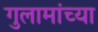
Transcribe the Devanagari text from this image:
गुलामांच्या